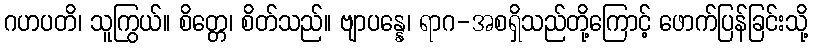
ဂဟပတိ၊ သူကြွယ်။ စိတ္တေ၊ စိတ်သည်။ ဗျာပန္နေ၊ ရာဂ-အစရှိသည်တို့ကြောင့် ဖောက်ပြန်ခြင်းသို့